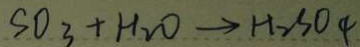
S O _ { 3 } + H _ { 2 } O \rightarrow H _ { 2 } S O _ { 4 }